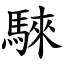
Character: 騋